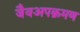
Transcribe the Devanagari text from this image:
जैवअपक्रमण